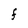
Character: F